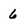
Character: 6